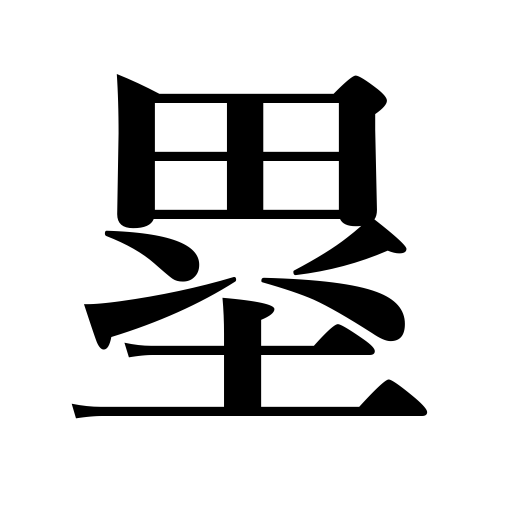
Meanings: rampart,base in baseball,walls,fort